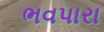
ભવપારા